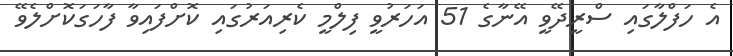
އެ ހަފްލާގައި ސްރީދޭވީ އޭނާގެ 51 އަހަރުވީ ފިލްމީ ކެރިއަރުގައި ކޮށްފައިވާ ފާހަގަކޮށްލެވޭ